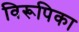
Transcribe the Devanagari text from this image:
विरूपिका